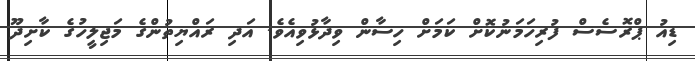
ޑިއު ޕްރޮސެސް ފުރިހަމަނުކޮށް ކަމަށް ހިސާން ވިދާޅުވިއެވެ. އަދި ރައްޔިތުންގެ މަޖިލީހުގެ ކާށިދޫ